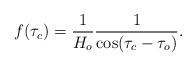
LaTeX: \begin{align*}f(\tau_c)=\frac{1}{H_o}\frac{1}{\cos(\tau_c-\tau_o)}.\end{align*}